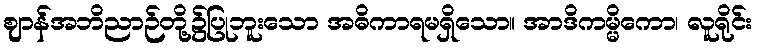
ဈာန်အဘိညာဉ်တို့၌ပြုဘူးသော အဓိကာရမရှိသော။ အာဒိကမ္မိကော၊ လူရိုင်း